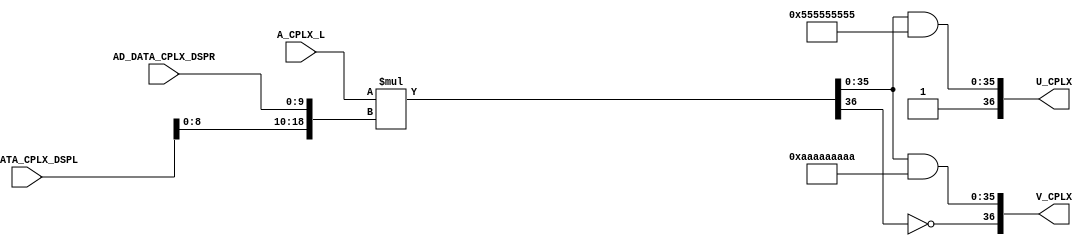
///////////////////////////////////////////////////////////////////////////////
//  Copyright (c) 1995/2018 Xilinx, Inc.
//  All Right Reserved.
///////////////////////////////////////////////////////////////////////////////
//   ____  ____
//  /   /\/   /
// /___/  \  /     Vendor      : Xilinx
// \   \   \/      Version     : 2018.1
//  \   \          Description : Xilinx Unified Simulation Library Component
//  /   /                        DSP_CPLX_STAGE1
// /___/   /\      Filename    : DSP_CPLX_STAGE1.v
// \   \  /  \
//  \___\/\___\
//
///////////////////////////////////////////////////////////////////////////////
//  Revision:
//  10/01/16 - Migrate from DSP48E2
//  End Revision:
///////////////////////////////////////////////////////////////////////////////

`timescale 1 ps / 1 ps

`celldefine

module DSP_CPLX_STAGE1
`ifdef XIL_TIMING
#(
  parameter LOC = "UNPLACED"
)
`endif
(
  output [36:0] U_CPLX,
  output [36:0] V_CPLX,

  input [9:0] AD_DATA_CPLX_DSPL,
  input [9:0] AD_DATA_CPLX_DSPR,
  input [17:0] A_CPLX_L
);
  
// define constants
  localparam MODULE_NAME = "DSP_CPLX_STAGE1";

// begin behavioral model

  reg [36:0] mult = {37{1'b0}};
  reg [35:0] ps_u_mask = {18{2'b01}};
  reg [35:0] ps_v_mask = {18{2'b10}};

// initialize regs
`ifndef XIL_XECLIB
initial begin
  mult = {37{1'b0}};
  ps_u_mask = {18{2'b01}};
  ps_v_mask = {18{2'b10}};
end
`endif

// U[36],V[36]  11 when mult[36]=0,  10 when mult[36]=1
// AD_DATA_CPLX_IM[9] dummy
  wire signed [17:0] a_mult;
  wire signed [18:0] b_mult;

  assign a_mult = A_CPLX_L;
  assign b_mult = {AD_DATA_CPLX_DSPL[8:0], AD_DATA_CPLX_DSPR};

  always @(*) begin
     mult = a_mult * b_mult;
  end

  assign U_CPLX = {1'b1,      mult[35:0] & ps_u_mask};
  assign V_CPLX = {~mult[36], mult[35:0] & ps_v_mask};

// end behavioral model

`ifndef XIL_XECLIB
`ifdef XIL_TIMING
  specify
    (AD_DATA_CPLX_DSPL *> U_CPLX) = (0:0:0, 0:0:0);
    (AD_DATA_CPLX_DSPR *> U_CPLX) = (0:0:0, 0:0:0);
    (AD_DATA_CPLX_DSPR *> V_CPLX) = (0:0:0, 0:0:0);
    (A_CPLX_L *> U_CPLX) = (0:0:0, 0:0:0);
    (A_CPLX_L *> V_CPLX) = (0:0:0, 0:0:0);
    specparam PATHPULSE$ = 0;
  endspecify
`endif
`endif
endmodule

`endcelldefine